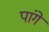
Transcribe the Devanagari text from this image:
पांगे